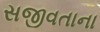
સજીવતાના